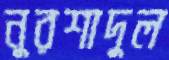
নুরশাদুল